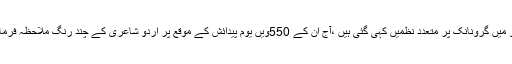
اردو میں گرونانک پر متعدد نظمیں کہی گئی ہیں ،آج ان کے 550ویں یوم پیدائش کے موقع پر اردو شاعری کے چند رنگ ملاحظہ فرمائیں۔